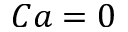
C a = 0